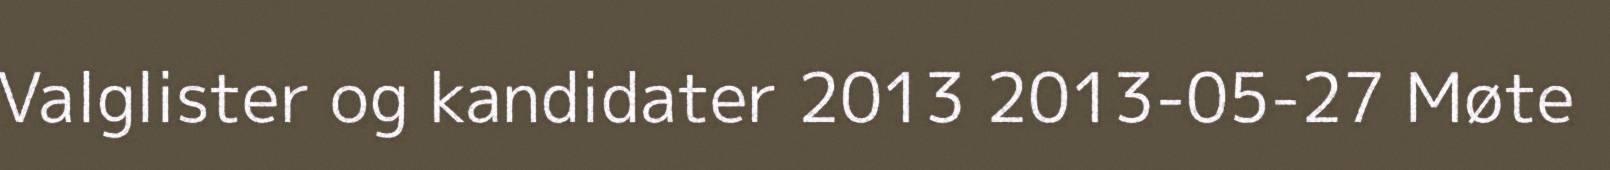
Valglister og kandidater 2013 2013-05-27 Møte